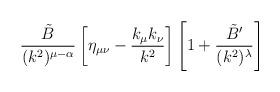
LaTeX: \begin{align*}\frac{\tilde{B}}{(k^2)^{\mu-\alpha}} \left[ \eta_{\mu\nu} - \frac{k_\mu k_\nu}{k^2} \right] \left[ 1 + \frac{\tilde{B}^\prime}{(k^2)^\lambda} \right]\end{align*}